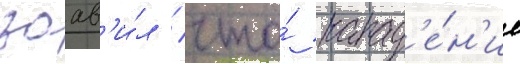
заав'и́л / что́ напад'е́н'ие